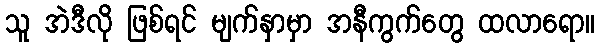
သူ အဲဒီလို ဖြစ်ရင် မျက်နှာမှာ အနီကွက်တွေ ထလာရော။